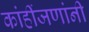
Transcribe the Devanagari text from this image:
कांहींजणांनी